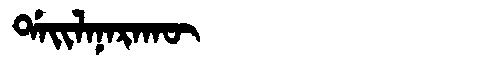
Manchu: ᡩᠠᡳᠯᠠᠨᠠᡵᠠᡴᡡ
Romanization: DAILANARAKŪ